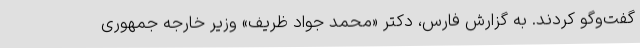
گفت‌و‌گو کردند. به گزارش فارس، دکتر «محمد جواد ظریف» وزیر خارجه جمهوری